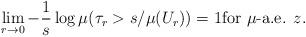
LaTeX: \begin{align*}\lim_{r \to 0} - \frac{1}{s}\log \mu(\tau_r > s/\mu(U_r)) = 1 \mbox{for $\mu$-a.e. $z$} .\end{align*}